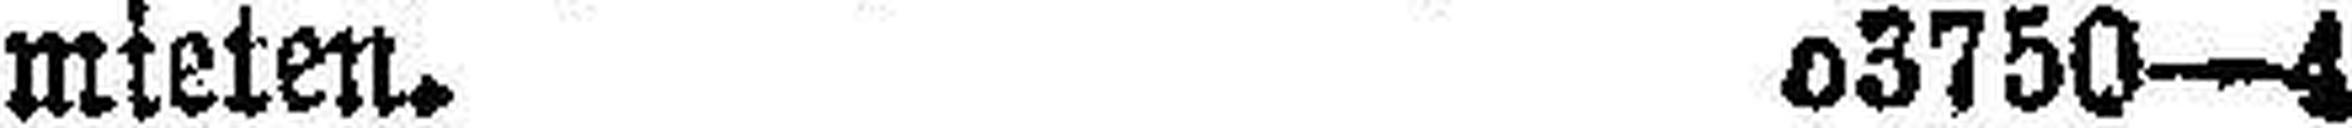
mieten. 63750—4